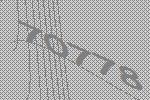
70778